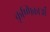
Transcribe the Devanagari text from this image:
कृष्णिकाओं